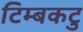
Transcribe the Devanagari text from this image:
टिम्बकटु